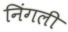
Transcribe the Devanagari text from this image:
निंगली